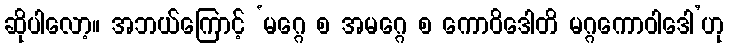
ဆိုပါလော့။ အဘယ်ကြောင့် ‘မဂ္ဂေ စ အမဂ္ဂေ စ ကောဝိဒေါတိ မဂ္ဂကောဝါဒေါ’ဟု